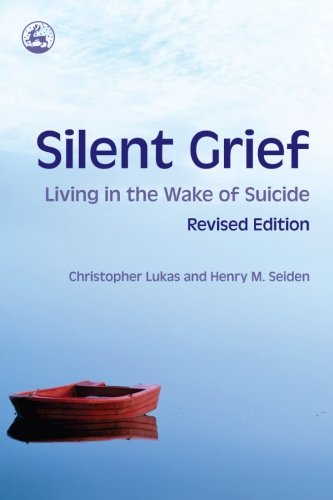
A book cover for Silent Grief: Living in the Wake of Suicide; Christopher Lukas; Self-Help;